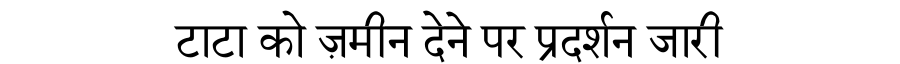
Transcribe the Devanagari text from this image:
टाटा को ज़मीन देने पर प्रदर्शन जारी